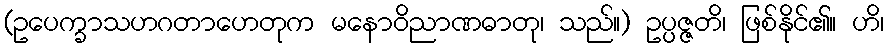
(ဥပေက္ခာသဟဂတာဟေတုက မနောဝိညာဏဓာတု၊ သည်။) ဥပ္ပဇ္ဇတိ၊ ဖြစ်နိုင်၏။ ဟိ၊